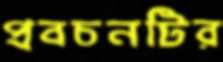
প্রবচনটির